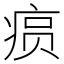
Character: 𤶧